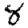
Digit: 8